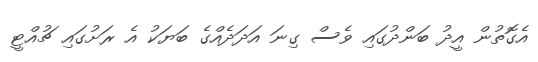
އެގޮތުން އީދު ބަންދުގައި ވެސް ގިނަ އަދަދެއްގެ ބަޔަކު އެ ރަށުގައި ޗުއްޓީ